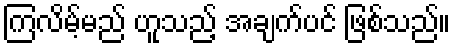
ကြလိမ့်မည် ဟူသည့် အချက်ပင် ဖြစ်သည်။